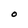
Character: O